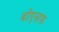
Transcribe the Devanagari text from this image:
बीएसफ